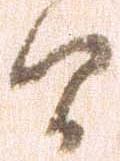
間